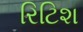
રિટિશ